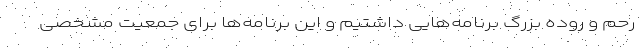
رحم و روده بزرگ برنامه‌هایی داشتیم و این برنامه‌ها برای جمعیت مشخصی